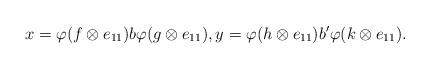
LaTeX: \begin{align*}x=\varphi(f\otimes e_{11})b\varphi(g\otimes e_{11}), y=\varphi(h\otimes e_{11})b' \varphi(k\otimes e_{11}).\end{align*}